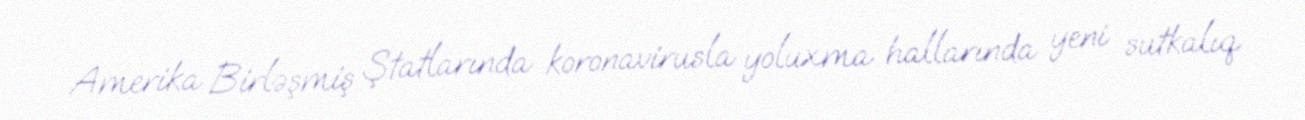
Amerika Birləşmiş Ştatlarında koronavirusla yoluxma hallarında yeni sutkalıq